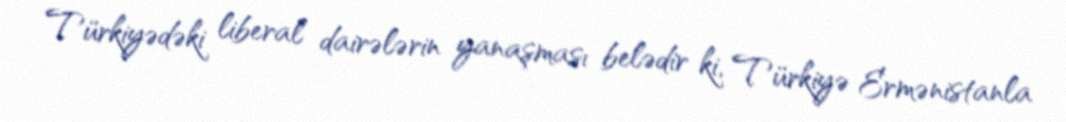
Türkiyədəki liberal dairələrin yanaşması belədir ki, Türkiyə Ermənistanla